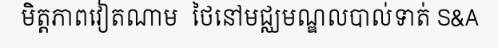
មិត្តភាពវៀតណាម  ថៃនៅមជ្ឈមណ្ឌលបាល់ទាត់ S&A